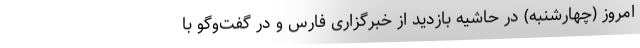
امروز (چهارشنبه) در حاشیه بازدید از خبرگزاری فارس و در گفت‌وگو با